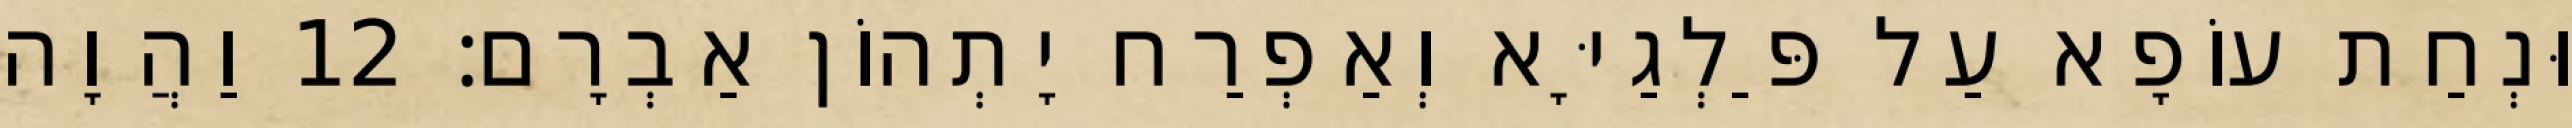
וּנְחַת עוֹפָא עַל פַּלְגַיָּא וְאַפְרַח יָתְהוֹן אַבְרָם׃ 12 וַהֲוָה